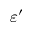
\varepsilon ^ { \prime }